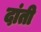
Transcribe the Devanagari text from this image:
दांती